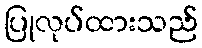
ပြုလုပ်ထားသည်